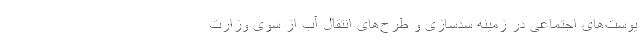
یوست‌های اجتماعی در زمینه سدسازی و طرح‌های انتقال آب از سوی وزارت